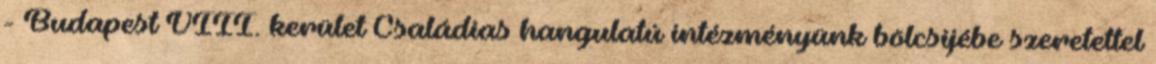
- Budapest VIII. kerület Családias hangulatú intézményünk bölcsijébe szeretettel